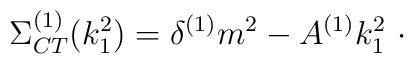
\Sigma _{CT}^{(1)}(k_{1}^{2})=\delta ^{(1)}m^{2}-A^{(1)}k_{1}^{2}\ \cdot